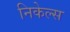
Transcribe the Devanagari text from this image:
निकेल्स